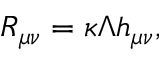
R _ { \mu \nu } = \kappa \Lambda h _ { \mu \nu } ,